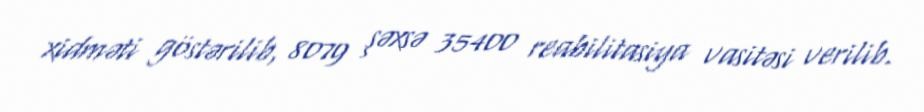
xidməti göstərilib, 8079 şəxsə 35400 reabilitasiya vasitəsi verilib.